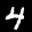
Label: 4